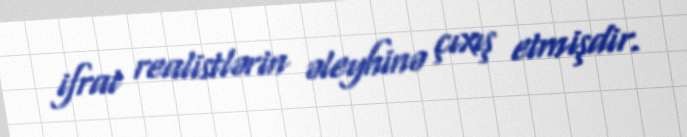
ifrat realistlərin əleyhinə çıxış etmişdir.